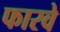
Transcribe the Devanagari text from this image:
फारवे